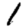
Digit: 1